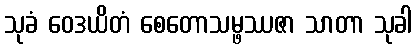
သုခံ ဝေဒယိတံ စေတောသမ္ဖဿဇာ သာတာ သုခါ